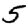
Digit: 5